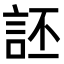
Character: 𫌶